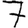
Digit: 7